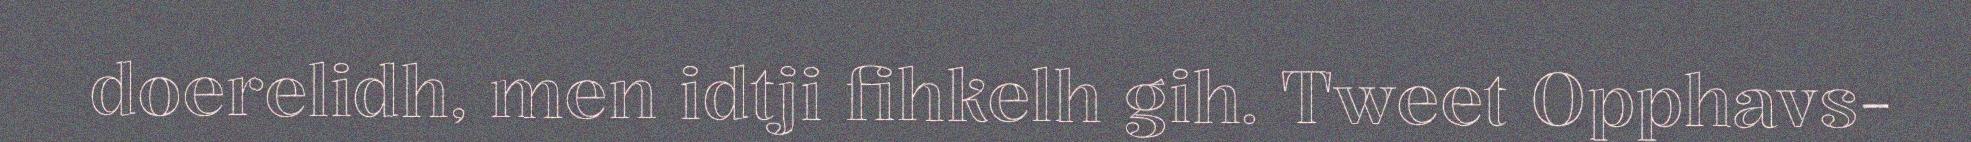
doerelidh, men idtji fihkelh gih. Tweet Opphavs-